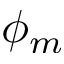
\phi _ { m }